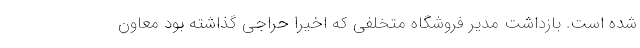
شده است. بازداشت مدیر فروشگاه متخلفی که اخیرا حراجی گذاشته بود معاون